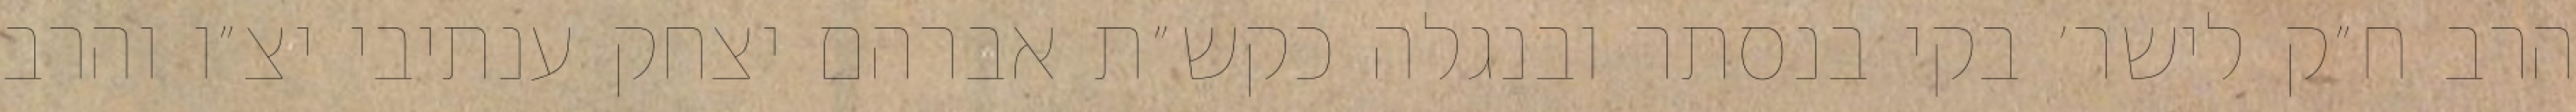
הרב ח״ק לישר׳ בקי בנסתר ובנגלה כקש״ת אברהם יצחק ענתיבי יצ״ו והרב